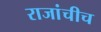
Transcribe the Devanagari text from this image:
राजांचीच